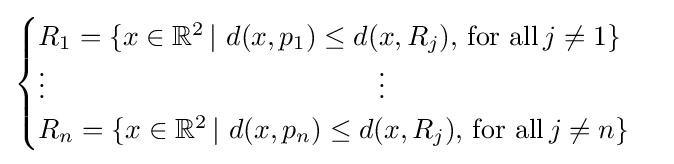
{\begin{cases}R_{1}=\{x\in \mathbb {R} ^{2}\,|\,\,d(x,p_{1})\leq d(x,R_{j}),\,{\text{for all}}\,j\neq 1\}\\\vdots \quad \quad \quad \quad \quad \quad \quad \quad \quad \quad \quad \quad \vdots \\R_{n}=\{x\in \mathbb {R} ^{2}\,|\,\,d(x,p_{n})\leq d(x,R_{j}),\,{\text{for all}}\,j\neq n\}\end{cases}}